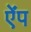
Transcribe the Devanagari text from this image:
ऐंप